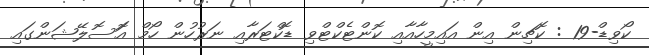
ކޯވިޑް-19 : ކޮޗިން އިން އައިމީހާއާއި ކޮންޓެކްޓްވި ޑޮކްޓަރާއި ނަރުހުން ހޯމް އަޮސޮލޭޝަންގައި